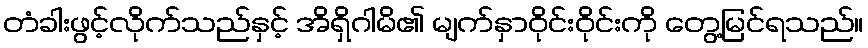
တံခါးဖွင့်လိုက်သည်နှင့် အိရှိဂါမိ၏ မျက်နှာဝိုင်းဝိုင်းကို တွေ့မြင်ရသည်။